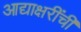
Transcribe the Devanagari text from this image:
आद्याक्षरींची